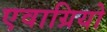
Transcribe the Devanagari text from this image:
एवाग्रियो